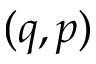
( q , p )